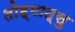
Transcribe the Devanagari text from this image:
तोह्मात्सु